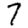
Digit: 7